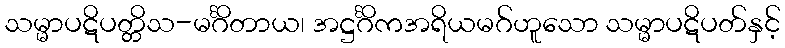
သမ္မာပဋိပတ္တိသ-မင်္ဂိတာယ၊ အဋ္ဌင်္ဂိကအရိယမဂ်ဟူသော သမ္မာပဋိပတ်နှင့်